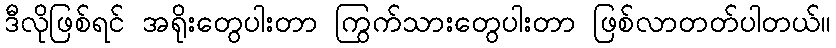
ဒီလိုဖြစ်ရင် အရိုးတွေပါးတာ ကြွက်သားတွေပါးတာ ဖြစ်လာတတ်ပါတယ်။